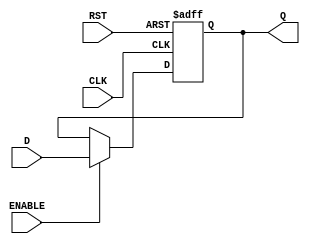
module BarrierRegister #(
    parameter DATA_WIDTH = 8  // Parameter to define the width of the data
)(
    input  wire                CLK,    // Clock signal
    input  wire                RST,    // Asynchronous reset signal
    input  wire                ENABLE, // Control signal to load data
    input  wire [DATA_WIDTH-1:0] D,    // Data input
    output reg [DATA_WIDTH-1:0] Q      // Data output
);

    // Asynchronous Reset and Data Loading Logic
    always @(posedge CLK or posedge RST) begin
        if (RST) begin
            Q <= {DATA_WIDTH{1'b0}}; // Clear the register on reset
        end else if (ENABLE) begin
            Q <= D; // Load data into the register
        end
        // If ENABLE is low and RST is not asserted, retain the current value of Q
    end

endmodule